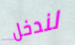
لندخل